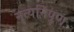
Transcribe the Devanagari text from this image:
नृत्यनिपुण